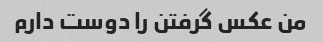
من عکس گرفتن را دوست دارم